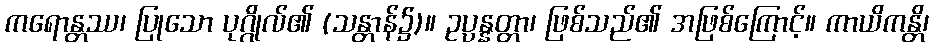
ကရောန္တဿ၊ ပြုသော ပုဂ္ဂိုလ်၏ (သန္တာန်၌)။ ဥပ္ပန္နတ္တာ၊ ဖြစ်သည်၏ အဖြစ်ကြောင့်။ ကာယိကန္တိ၊